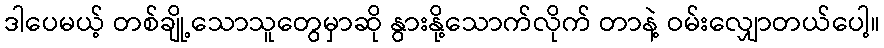
ဒါပေမယ့် တစ်ချို့သောသူတွေမှာဆို နွားနို့သောက်လိုက် တာနဲ့ ဝမ်းလျှောတယ်ပေါ့။